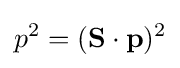
p^{2}=(\mathbf {S} \cdot \mathbf {p} )^{2}